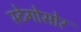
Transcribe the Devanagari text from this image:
स्टेगोसोर